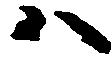
ハ